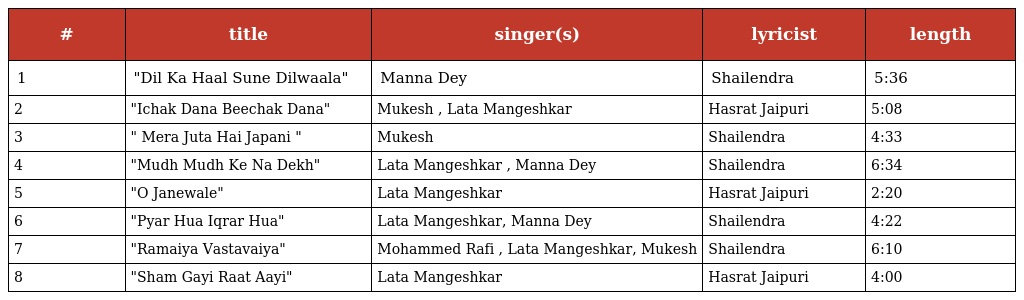
| # | title | singer(s) | lyricist | length |
 | --- | --- | --- | --- | --- |
 | 1 | "Dil Ka Haal Sune Dilwaala" | Manna Dey | Shailendra | 5:36 |
 | 2 | "Ichak Dana Beechak Dana" | Mukesh , Lata Mangeshkar | Hasrat Jaipuri | 5:08 |
 | 3 | " Mera Juta Hai Japani " | Mukesh | Shailendra | 4:33 |
 | 4 | "Mudh Mudh Ke Na Dekh" | Lata Mangeshkar , Manna Dey | Shailendra | 6:34 |
 | 5 | "O Janewale" | Lata Mangeshkar | Hasrat Jaipuri | 2:20 |
 | 6 | "Pyar Hua Iqrar Hua" | Lata Mangeshkar, Manna Dey | Shailendra | 4:22 |
 | 7 | "Ramaiya Vastavaiya" | Mohammed Rafi , Lata Mangeshkar, Mukesh | Shailendra | 6:10 |
 | 8 | "Sham Gayi Raat Aayi" | Lata Mangeshkar | Hasrat Jaipuri | 4:00 |